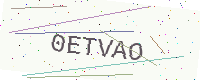
Text: 0ETVAO